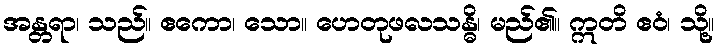
အန္တရာ၊ သည်။ ဧကော၊ သော။ ဟေတုဖလသန္ဓိ၊ မည်၏။ ဣတိ ဧဝံ၊ သို့။